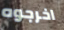
اخرجوه